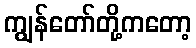
ကျွန်တော်တို့ကတော့